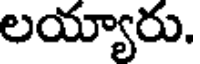
లయ్యారు.